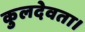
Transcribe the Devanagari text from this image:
कुलदेवता।